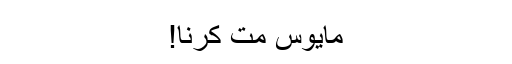
مایوس مت کرنا!